Leningradi_Edasi_toimetus, lk 48
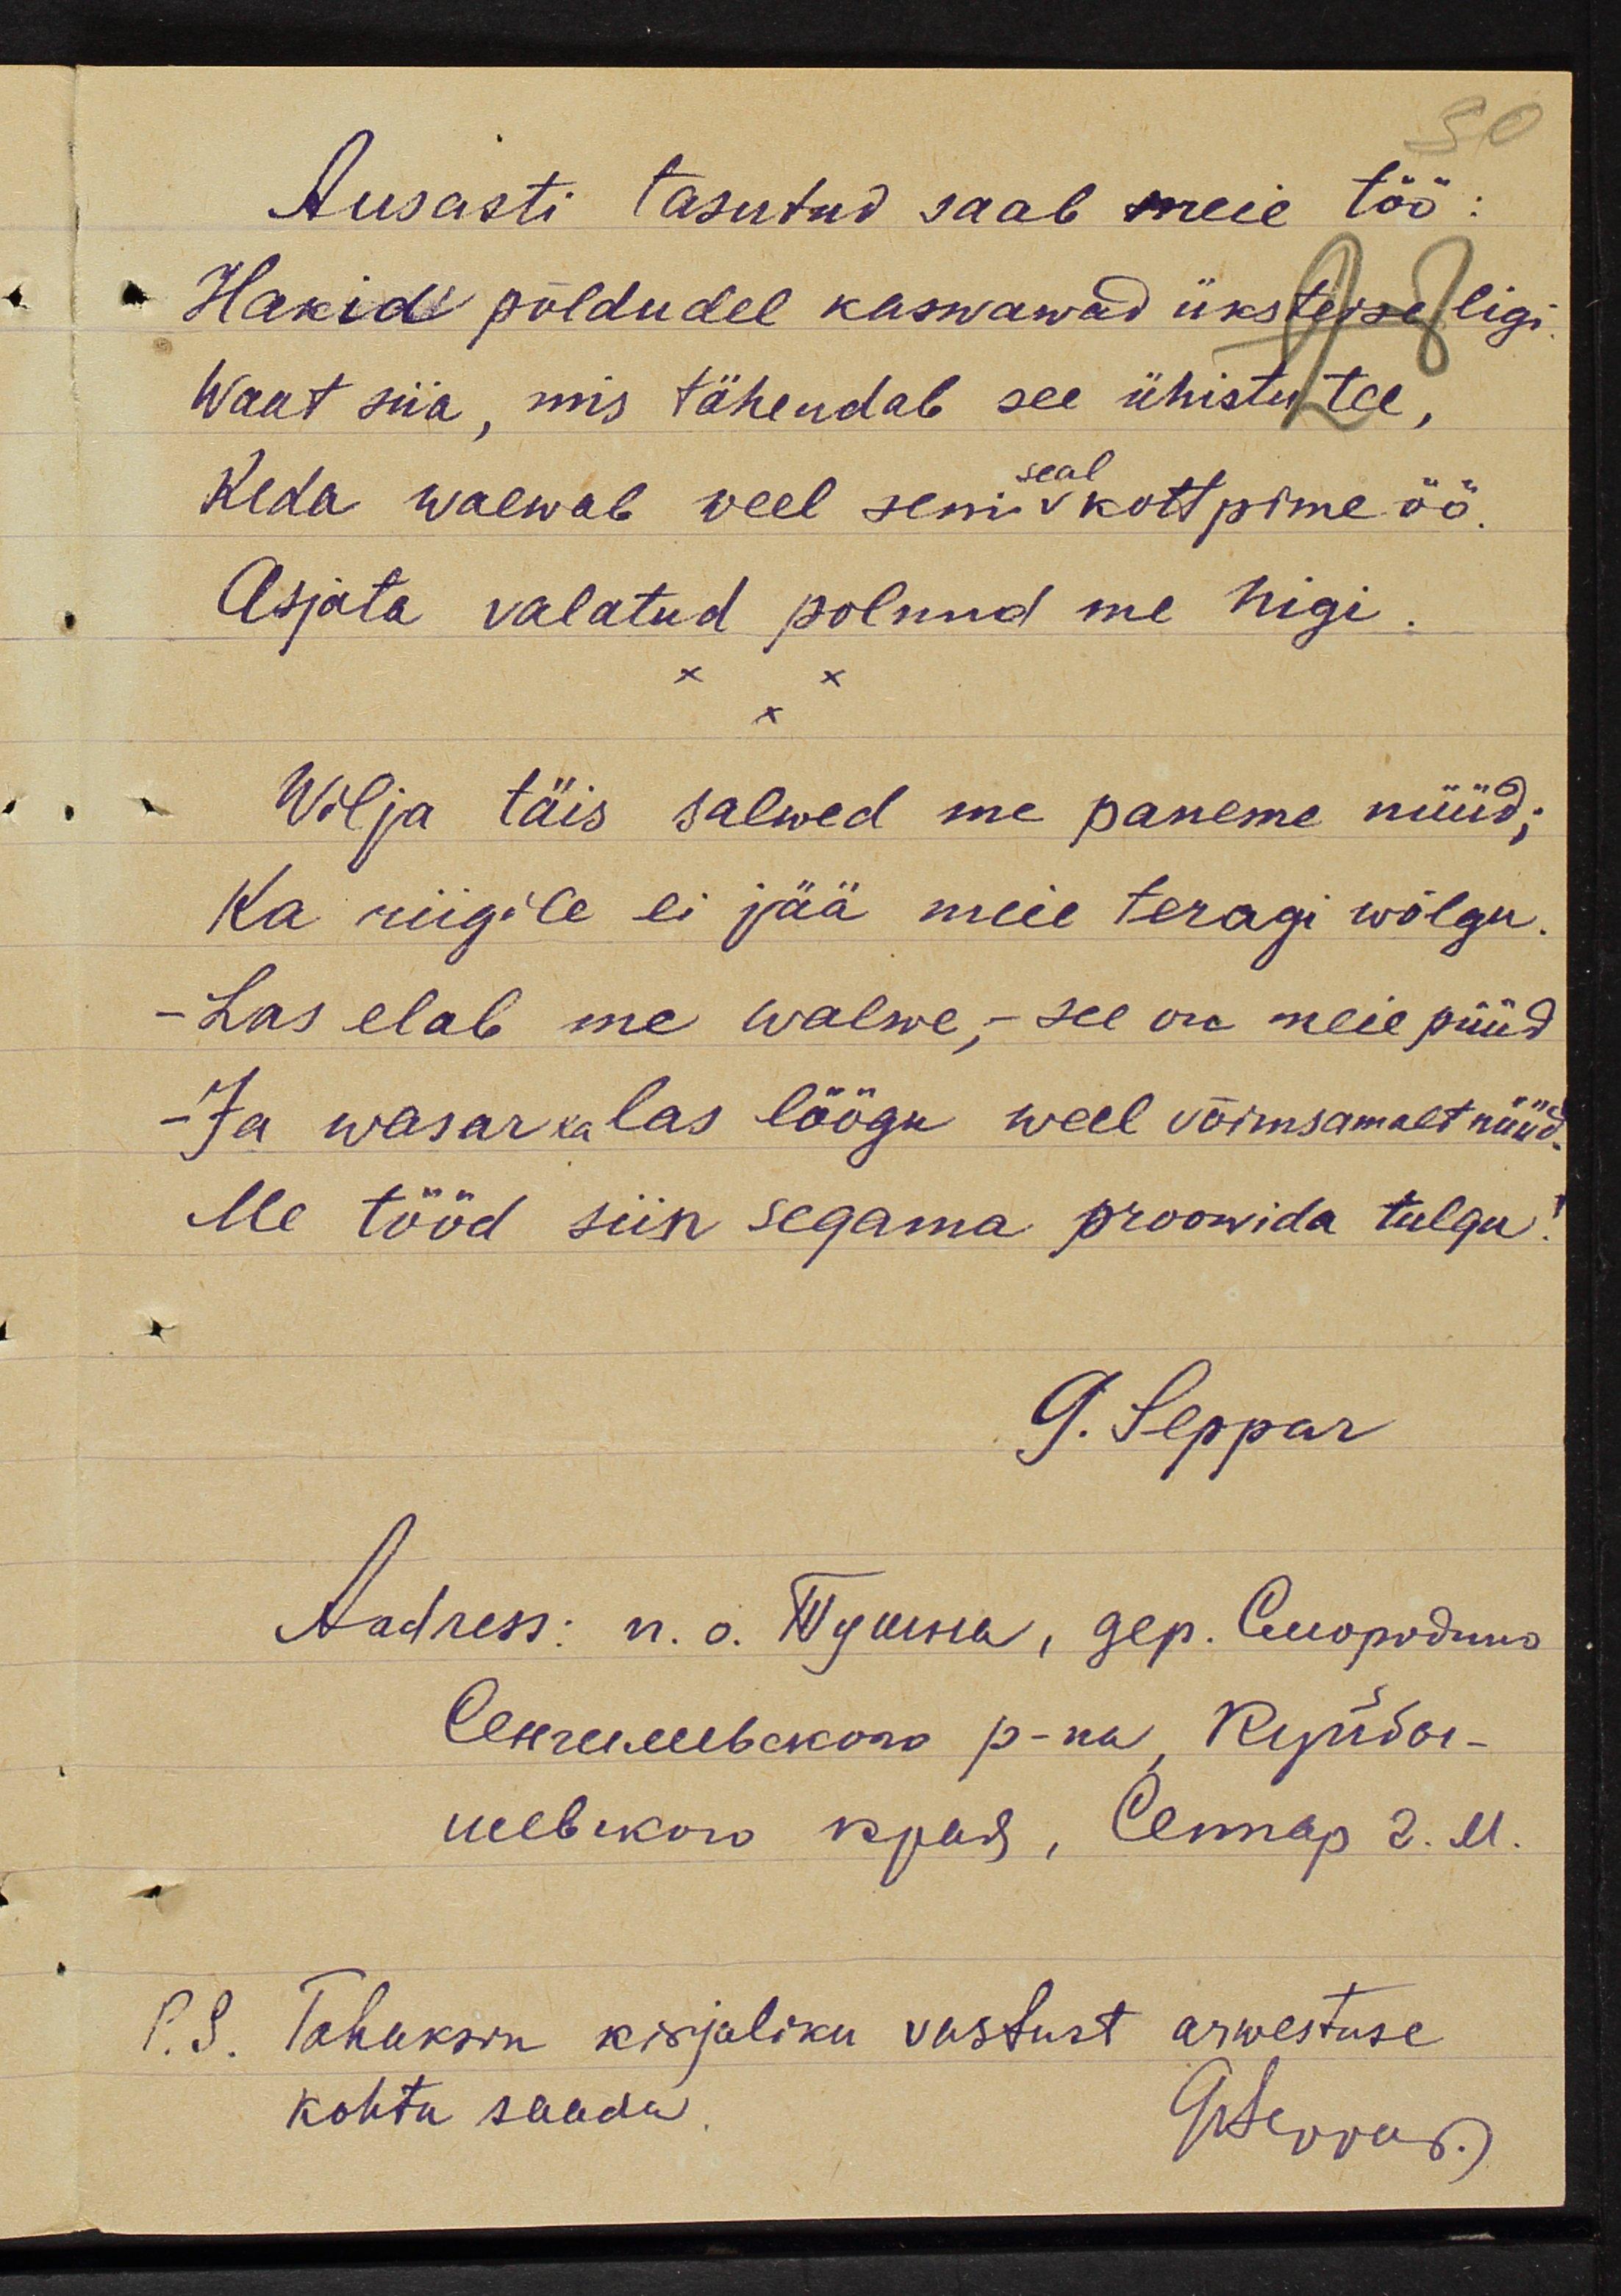
Ausasti tasutud saab meie töö:
Hakid põldudel kaswawad üksteise ligi
waat siia, mis tähendab see ühistu tee, 
Keda waewab  veel seni seal kottpime öö.
Asjata valatud polnud me higi.
Wilja täis salwed me paneme nüüd;
Ka riigile ei jää meie teragi wõlgu.
- Las elab me walwe, - see on meie püüd.
- Ja wasar ka las löögu weel võimsamalt nüüd.
Me tööd siin segama proowida tulgu,!
G. Leppar
Aadress: п.о. Тушна, гер. Сморгдино
Сенгишвского р-па; Куйды -
щевекого края, Сетгар Г. М.
Tahaksin kirjaliku vastust arwestuse
kohta saada. G. Leppar.